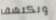
ونكتشف